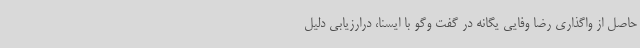
حاصل از واگذاری رضا وفایی یگانه در گفت وگو با ایسنا، درارزیابی دلیل